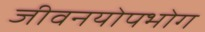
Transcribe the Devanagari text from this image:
जीवनयोपभोग